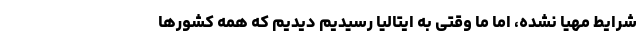
شرایط مهیا نشده، اما ما وقتی به ایتالیا رسیدیم دیدیم که همه کشورها